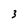
Character: 3